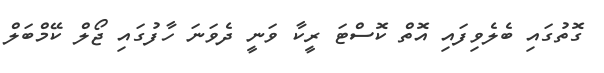
ގޮތުގައި ބެލެވިފައި އޮތް ކޮސްޓަ ރީކާ ވަނީ ދެވަނަ ހާފުގައި ޖޯލް ކޭމްބަލް